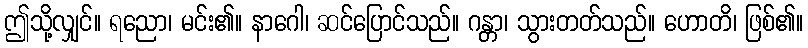
ဤသို့လျှင်။ ရညော၊ မင်း၏။ နာဂေါ၊ ဆင်ပြောင်သည်။ ဂန္တာ၊ သွားတတ်သည်။ ဟောတိ၊ ဖြစ်၏။